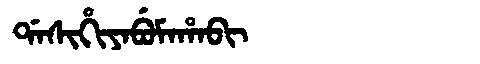
Manchu: ᡩᠠᠰᡳᡥᡳᠶᠠᠪᡠᠮᠠᡥᠠᠪᡳ
Romanization: DASIHIYABUMAHABI